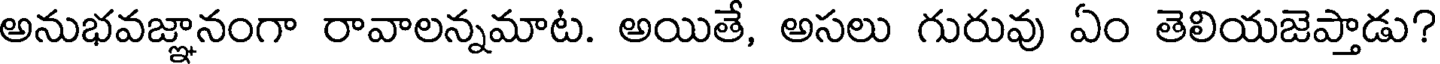
అనుభవజ్ఞానంగా రావాలన్నమాట. అయితే, అసలు గురువు ఏం తెలియజెప్తాడు?